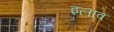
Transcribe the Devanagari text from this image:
इलाव